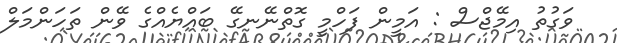
ވަގުތު އިމޭޖްސް : އަމީން ފަހްމީ ގޮތްނޭނގޭ ބައްޔެއްގެ ވޭން ތަހަންމަލް